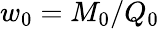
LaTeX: w_{0}=M_{0}/Q_{0}